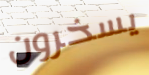
يسخرون